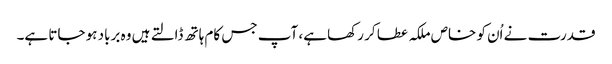
قدرت نے اُن کو خاص ملکہ عطا کر رکھا ہے، آپ جس کام ہاتھ ڈالتے ہیں وہ برباد ہو جاتا ہے۔